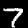
Digit: 7